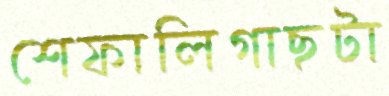
শেফালিগাছটা